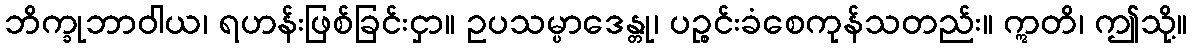
ဘိက္ခုဘာဝါယ၊ ရဟန်းဖြစ်ခြင်းငှာ။ ဥပသမ္ပာဒေန္တု၊ ပဉ္စင်းခံစေကုန်သတည်း။ ဣတိ၊ ဤသို့။